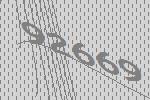
92669